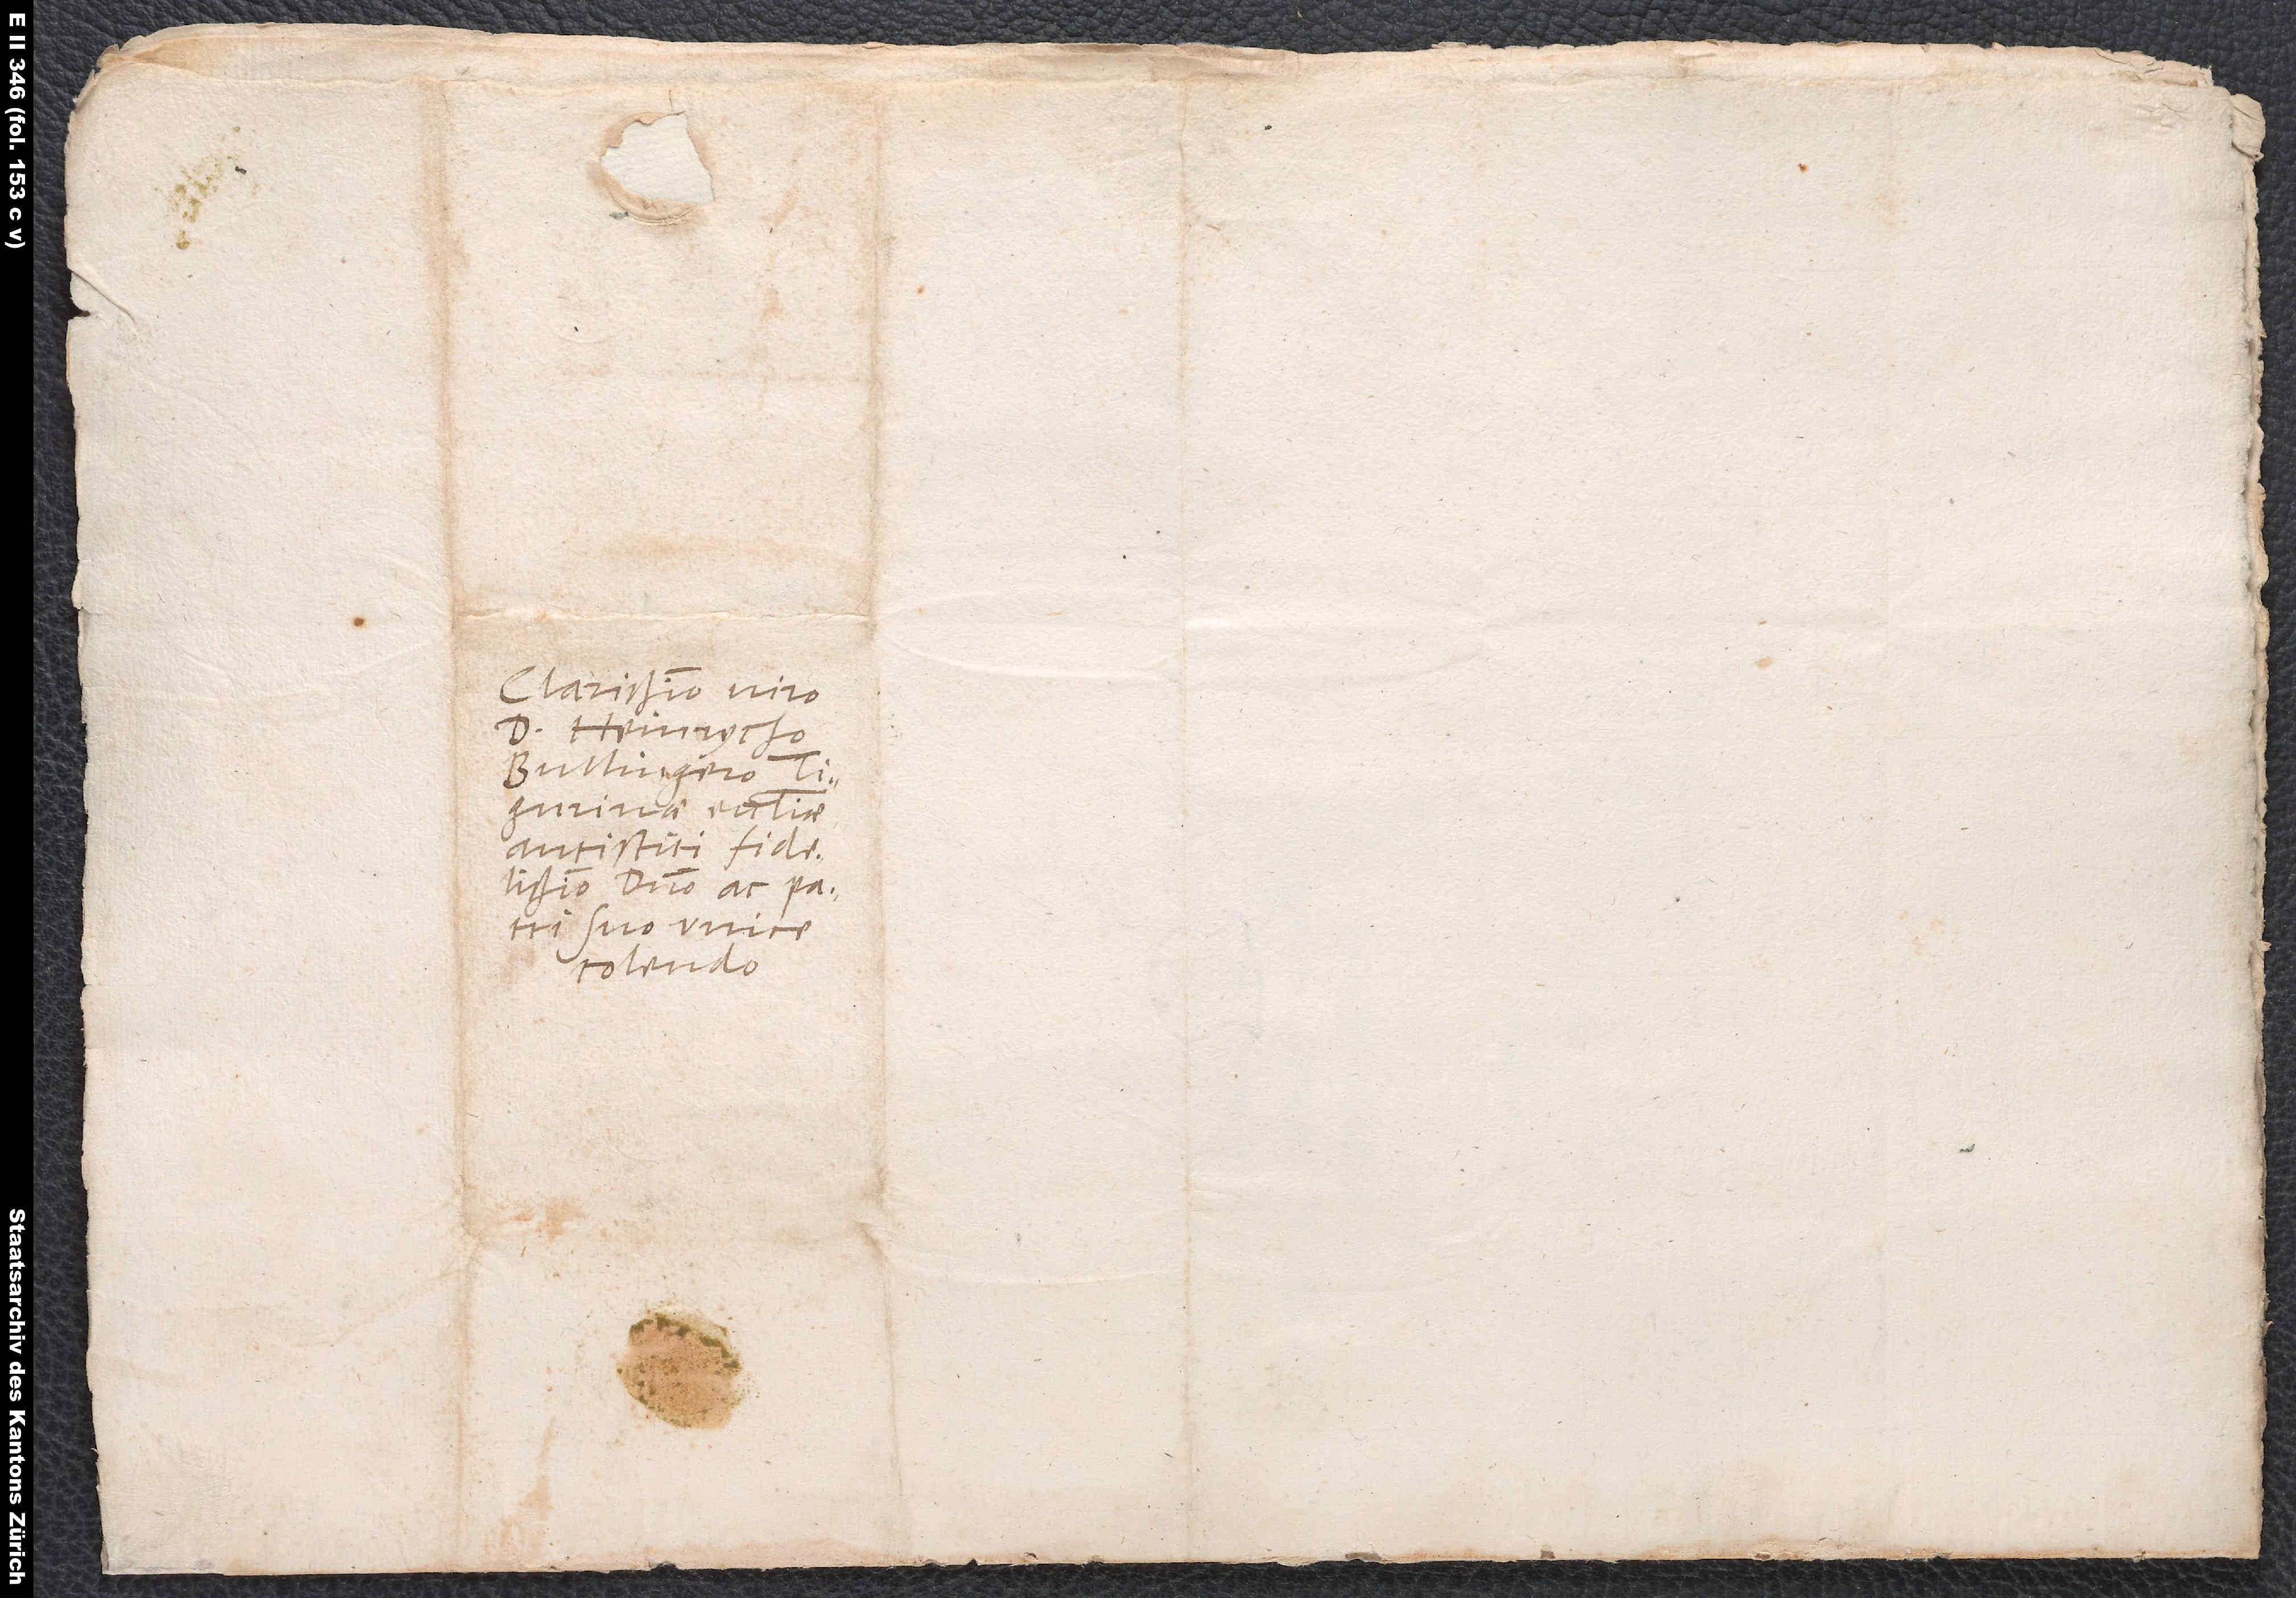
Clarissimo viro
d. Heinrycho
Bullingero,
Tigurinae ecclesiae
antistiti fidelissimo,
domino ac patri
suo unice
colendo.